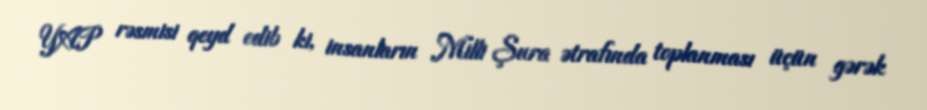
YAP rəsmisi qeyd edib ki, insanların Milli Şura ətrafında toplanması üçün gərək